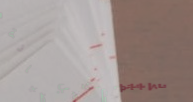
تكييفات الأمل: صيانة دوري